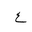
Letter: _ayn